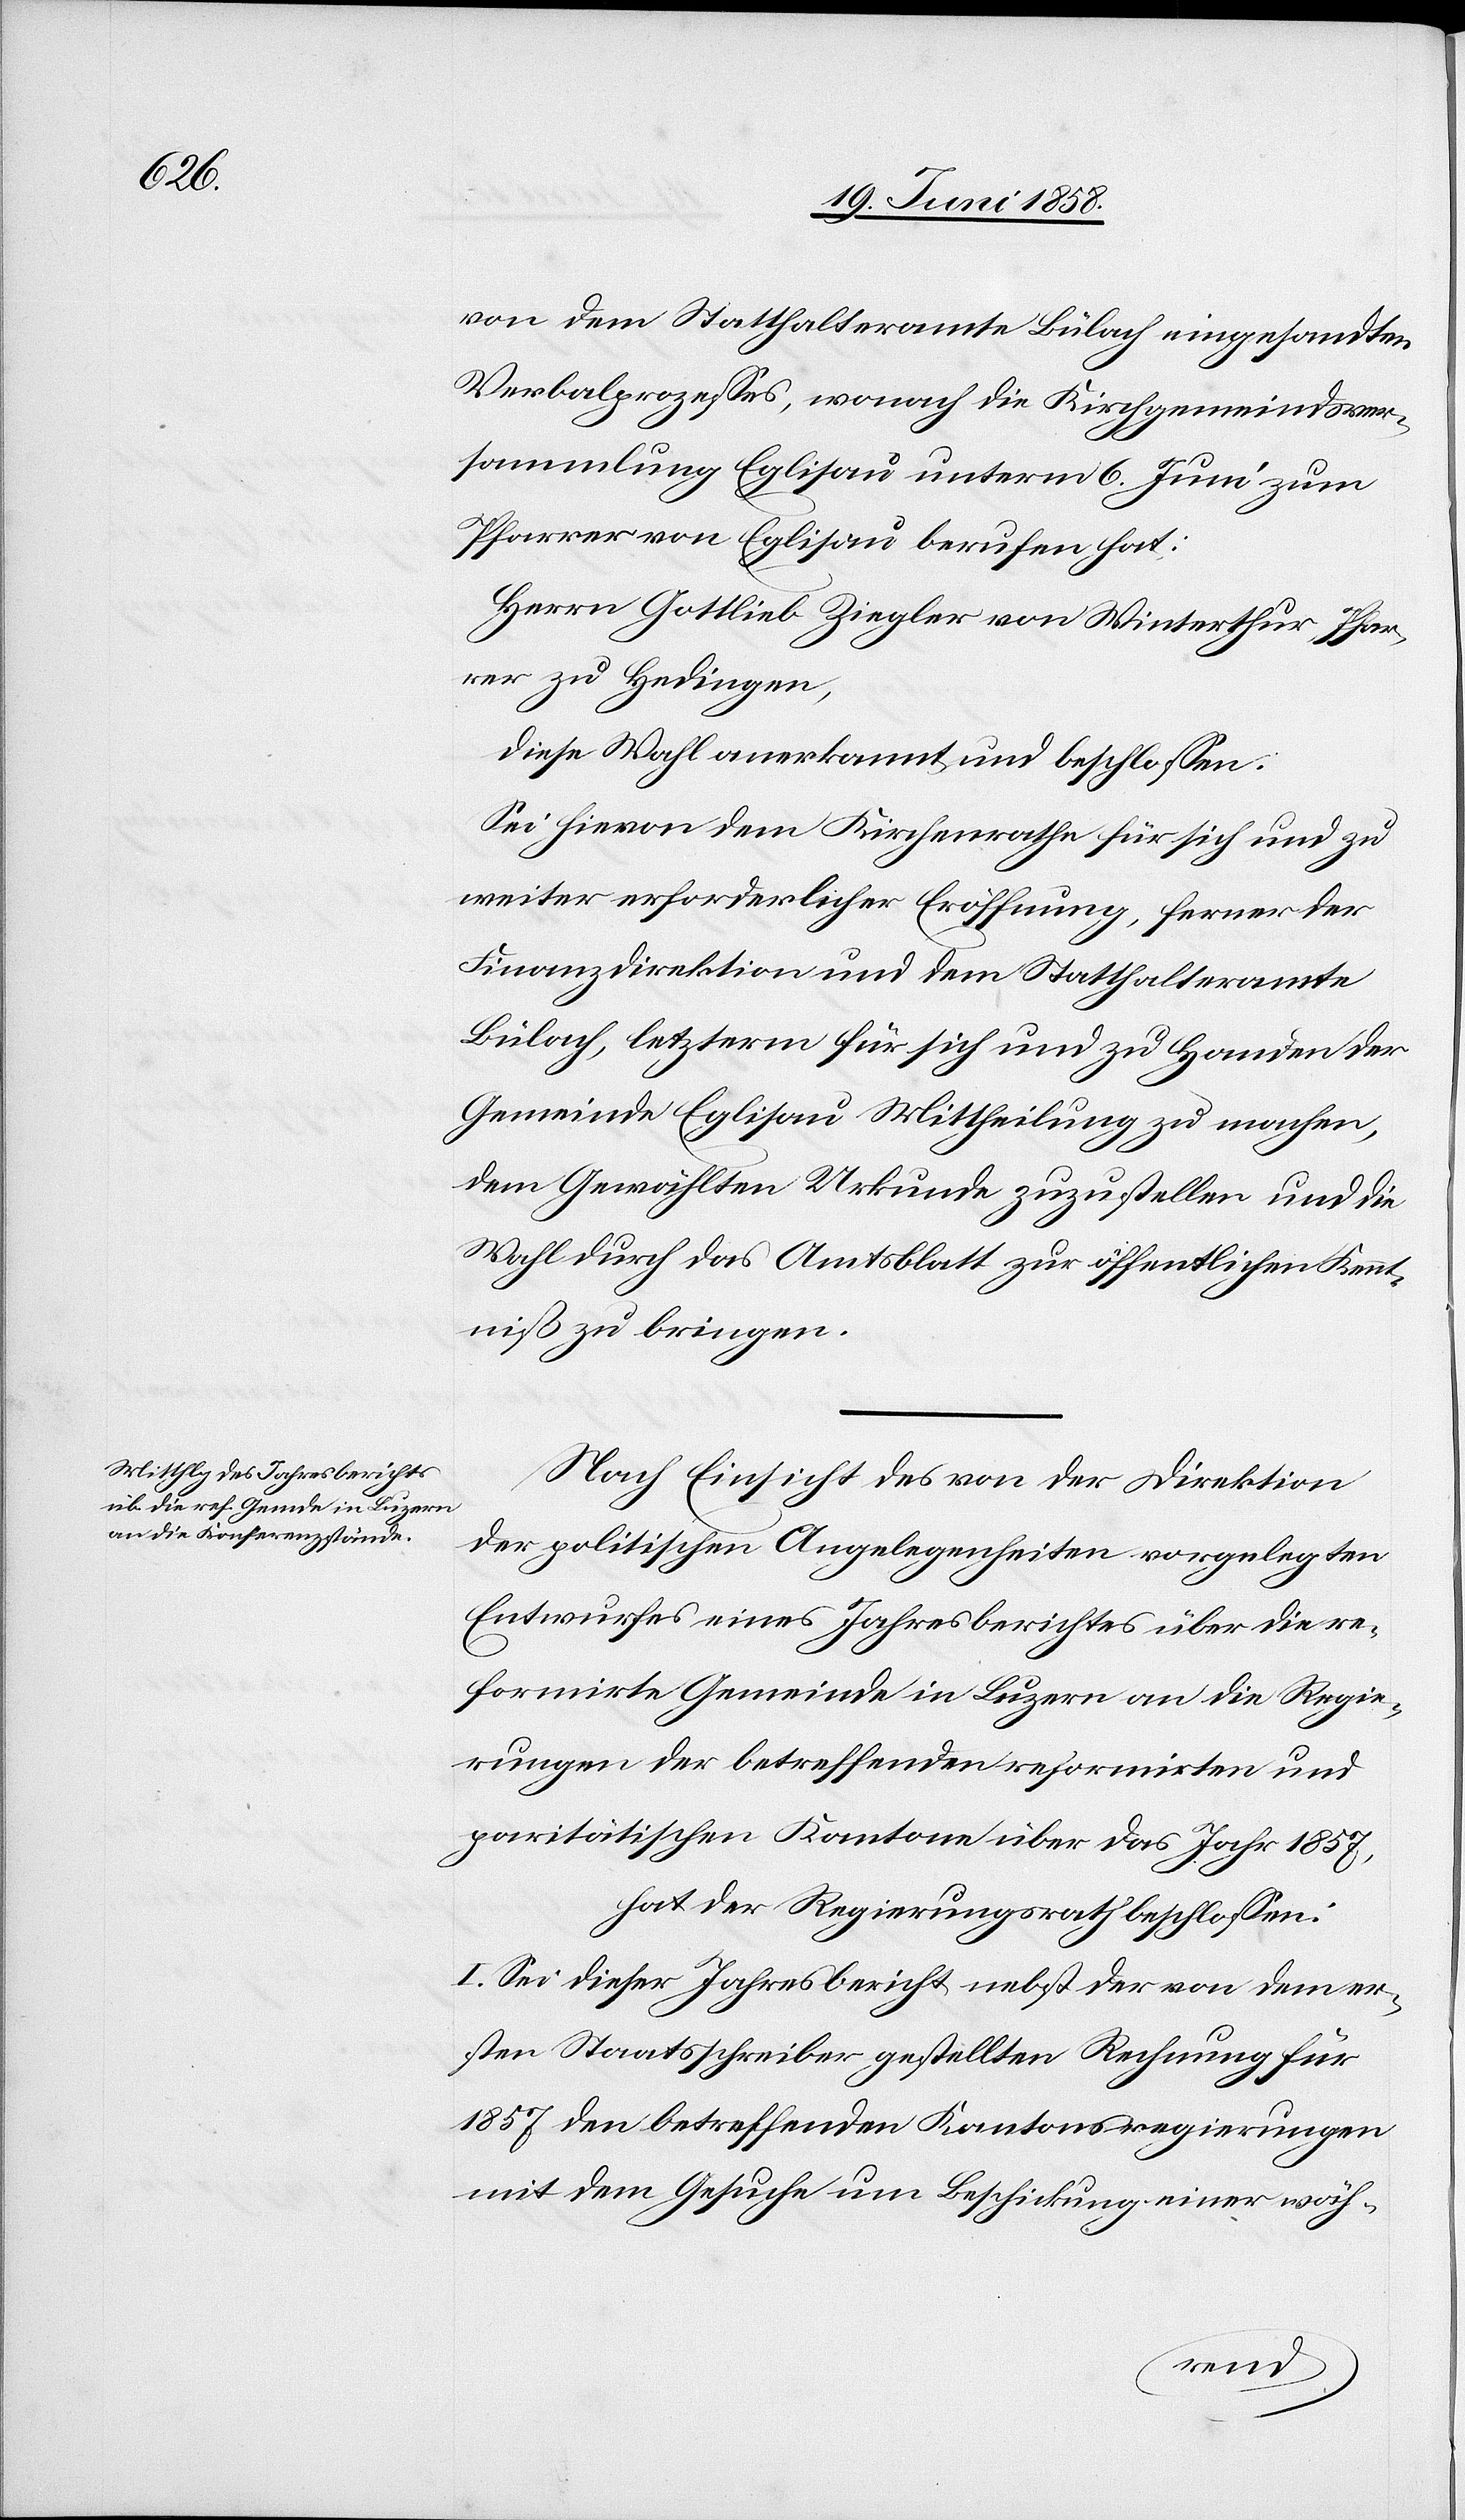
von dem Statthalteramte Bülach eingesandten
Verbalprozesses, wonach die Kirchgemeindsver¬
sammlung Eglisau unterm 6. Juni zum
Pfarrer von Eglisau berufen hat:
Herrn Gottlieb Ziegler von Winterthur, Pfar¬
rer zu Hedingen,
diese Wahl anerkannt und beschlossen:
Sei hievon dem Kirchenrathe für sich und zu
weiter erforderlicher Eröffnung, ferner der
Finanzdirektion und dem Statthalteramte
Bülach, letzterm für sich und zu Handen der
Gemeinde Eglisau Mittheilung zu machen,
dem Gewählten Urkunde zuzustellen und die
Wahl durch das Amtsblatt zur öffentlichen Kennt¬
niß zu bringen.
Nach Einsicht des von der Direktion
der politischen Angelegenheiten vorgelegten
Entwurfes eines Jahresberichtes über die re¬
formirte Gemeinde in Luzern an die Regie¬
rungen der betreffenden reformirten und
paritätischen Kantone über das Jahr 1857,
hat der Regierungsrath beschlossen:
I. Sei dieser Jahresbericht nebst der von dem er¬
sten Staatsschreiber gestellten Rechnung für
1857 den betreffenden Kantonsregierungen
mit dem Gesuche um Beschickung einer wäh-